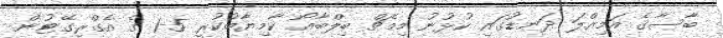
ބާސާގެ އަމިއްލަ ދަނޑުގައި ކުޅުނު މިމެޗް ބިލްބާއޯ ކާމިޔާބުކުރީ 5-1 ގެ އެގްރިގޭޓުން